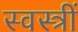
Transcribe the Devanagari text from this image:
स्वस्त्रीं